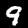
Digit: 9